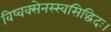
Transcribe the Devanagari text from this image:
विष्वक्सेनस्स्वसिद्धिदः।